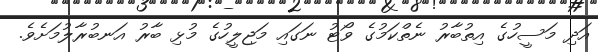
އަދި މަސީހުގެ އިތުބާރު ނެތްކަމުގެ ވޯޓު ނަގައި މަޖިލީހުގެ މުޅި ބާރު އަނބުރާލުމަށެވެ.